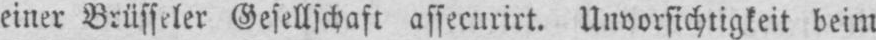
einer Brüsseler Gesellschaft assecurirt. Unvorsichtigkeit beim